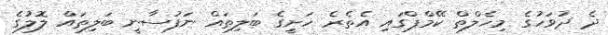
ދެ ދުވަހުގެ މިހެލްތް ކޭމްޕްގައި އެތެރެ ހަށީގެ ބަލިތައް ނަފުސާނީ ބަލިތައް ލޮލުގެ